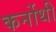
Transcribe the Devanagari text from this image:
कर्नोथी